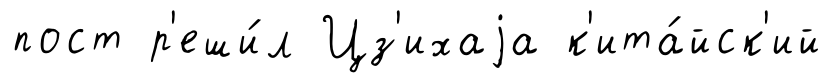
пост р'еши́л Цз'ихаjа к'ита́йск'ий